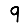
Digit: 9